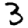
Digit: 3